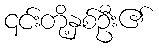
၎င်းတို့နှစ်ဦး၏